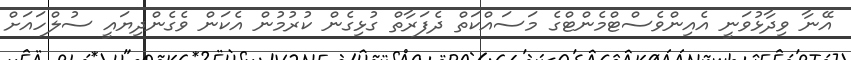
އޭނާ ވިދާޅުވަނީ އެއިންވެސްޓްމެންޓްގެ މަސައްކަތް ދެފަރާތް ގުޅިގެން ކުރުމުން އެކަން ވެގެންދިޔައީ ސުލްހައަށް